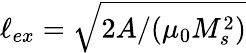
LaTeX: \ell_{ex}=\sqrt{2A/(\mu_{0}M_{s}^{2})}